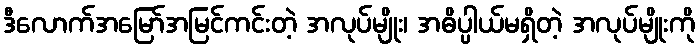
ဒီလောက်အမြော်အမြင်ကင်းတဲ့ အလုပ်မျိုး၊ အဓိပ္ပါယ်မရှိတဲ့ အလုပ်မျိုးကို